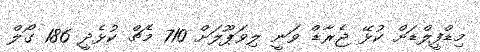
މިޑްފީލްޑަށް ކުޅޭ ޖެރާޑް ވަނީ ލިވަޕޫލަށް 710 މެޗް ކުޅެދީ 186 ގޯލް